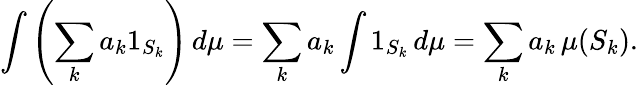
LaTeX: \int\left(\sum_{k}a_{k}1_{S_{k}}\right)\, d\mu=\sum_{k}a_{k}\int 1_{S_{k}}\, d\mu=\sum_{k}a_{k}\, \mu(S_{k}).